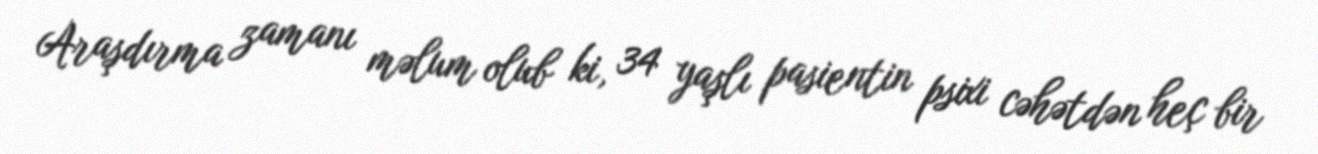
Araşdırma zamanı məlum olub ki, 34 yaşlı pasientin psixi cəhətdən heç bir